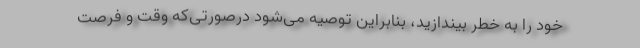
خود را به خطر بیندازید، بنابراین توصیه می‌شود درصورتی‌که وقت و فرصت